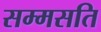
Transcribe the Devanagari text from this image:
सम्मसति